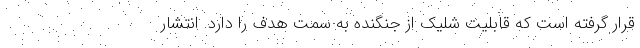
قرار گرفته است که قابلیت شلیک از جنگنده به سمت هدف را دارد. انتشار